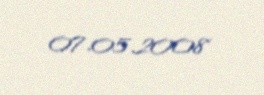
07.05.2008